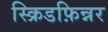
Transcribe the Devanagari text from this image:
स्क्रिडफ़िन्नर